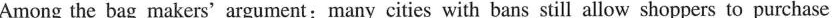
Among the bag makers’argument; many cities with bans still allow shoppers to purchase